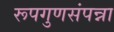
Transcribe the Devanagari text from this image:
रूपगुणसंपन्ना